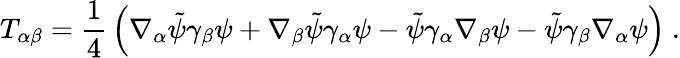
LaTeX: T_{\alpha\beta}={\frac{1}{4}}\left(\nabla_{\alpha}\tilde{\psi}\gamma_{\beta}\psi+\nabla_{\beta}\tilde{\psi}\gamma_{\alpha}\psi-\tilde{\psi}\gamma_{\alpha}\nabla_{\beta}\psi-\tilde{\psi}\gamma_{\beta}\nabla_{\alpha}\psi\right)~.